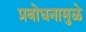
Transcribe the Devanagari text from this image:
प्रबोधनामुळे